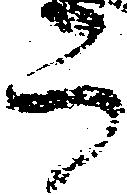
而